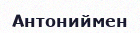
Антониймен